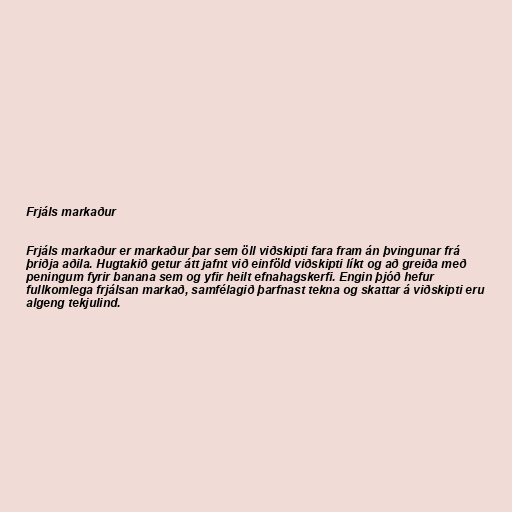
Frjáls markaður

Frjáls markaður er markaður þar sem öll viðskipti fara fram án þvingunar frá
þriðja aðila. Hugtakið getur átt jafnt við einföld viðskipti líkt og að greiða með
peningum fyrir banana sem og yfir heilt efnahagskerfi. Engin þjóð hefur
fullkomlega frjálsan markað, samfélagið þarfnast tekna og skattar á viðskipti eru
algeng tekjulind.